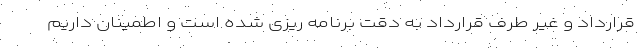
قرارداد و غیر طرف قرارداد به دقت برنامه ریزی شده است و اطمینان داریم